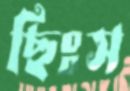
ছিঃস